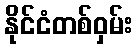
နိုင်ငံတစ်ဝှမ်း